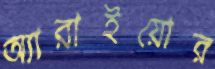
অ্যারাইয়োর